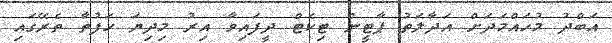
އަބްދު މުހައްމަދަށް އަދާލަތު ޕާޓީން ޓިކެޓް ދީފައިވާ އިރު މިދިޔަ ހަފުތާ ތެރޭގައި